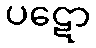
ပဋော